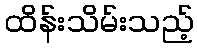
ထိန်းသိမ်းသည့်